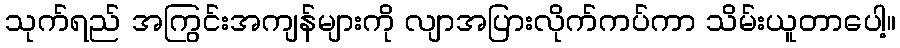
သုက်ရည် အကြွင်းအကျန်များကို လျာအပြားလိုက်ကပ်ကာ သိမ်းယူတာပေါ့။